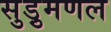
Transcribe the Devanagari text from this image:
सुड़ुमणल